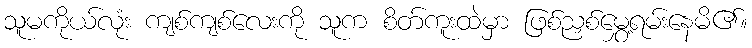
သူမကိုယ်လုံး ကျစ်ကျစ်လေးကို သူက စိတ်ကူးထဲမှာ ဖြစ်ညှစ်မွှေ့ရမ်းနေမိ၏။